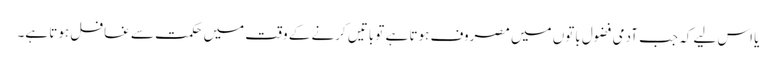
یا اس لیے کہ جب آدمی فضول باتوں میں مصروف ہوتا ہے تو باتیں کرنے کے وقت میں حکمت سے غافل ہوتا ہے۔